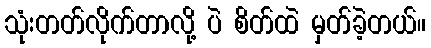
သုံးတတ်လိုက်တာလို့ ပဲ စိတ်ထဲ မှတ်ခဲ့တယ်။